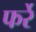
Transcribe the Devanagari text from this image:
फर्रे